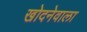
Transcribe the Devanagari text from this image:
खोदनेवाला